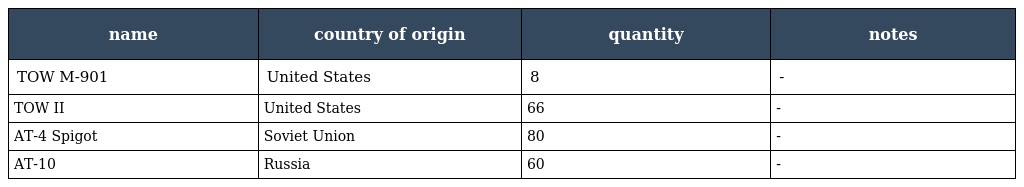
| name | country of origin | quantity | notes |
 | --- | --- | --- | --- |
 | TOW M-901 | United States | 8 | - |
 | TOW II | United States | 66 | - |
 | AT-4 Spigot | Soviet Union | 80 | - |
 | AT-10 | Russia | 60 | - |